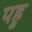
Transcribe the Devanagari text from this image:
पहु